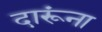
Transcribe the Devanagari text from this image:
दारूंना